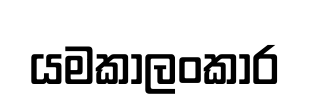
යමකාලංකාර